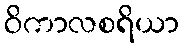
ဝိကာလစရိယာ